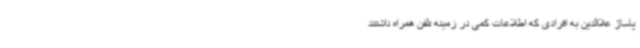
پاساژ علاالدین به افرادی که اطلاعات کمی در زمینه تلفن همراه داشتند